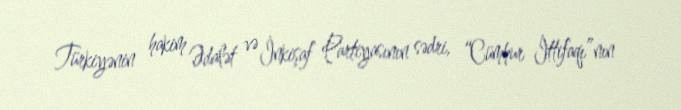
Türkiyənin hakim Ədalət və İnkişaf Partiyasının sədri, “Cümhur İttifaqı”nın